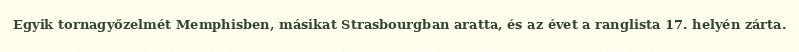
Egyik tornagyőzelmét Memphisben, másikat Strasbourgban aratta, és az évet a ranglista 17. helyén zárta.